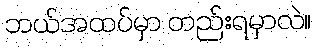
ဘယ်အထပ်မှာ တည်းရမှာလဲ။